Lunatic asylums United Provinces 1899-1908 - 1899-1908
Year: 1899
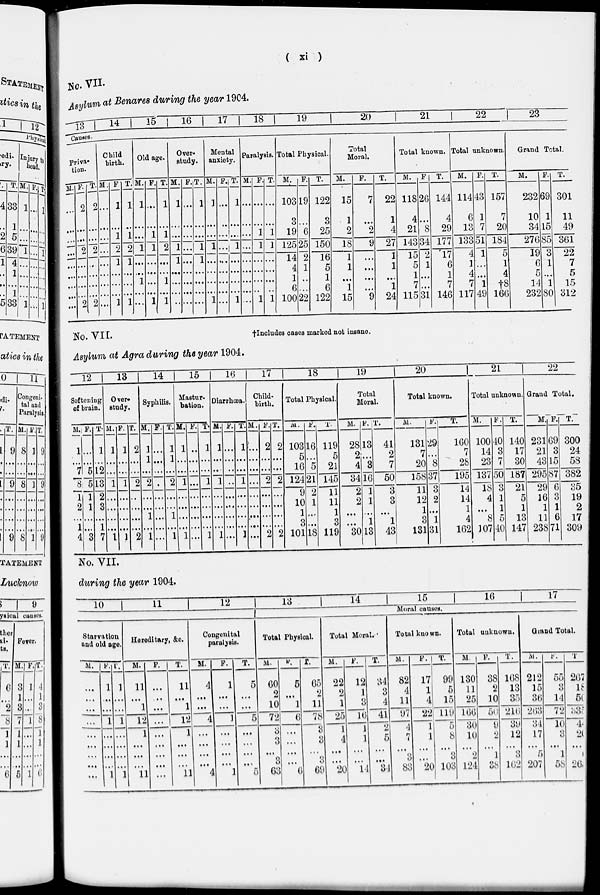
( xi )
No. VII.
Asylum at Benares during the year 1904.
13
14
15 16
17
18
19
20
21
22
23
Causes.
Priva¬
tion.
M.
...
...
...
...
...
...
...
...
...
F.
2
...
...
2
...
...
...
...
2
T.
2
...
...
2
...
...
...
...
2
Child
birth.
M.
...
...
...
...
...
...
...
...
...
F
1
...
1
2
1
...
...
...
1
T.
1
...
1
2
1
...
...
...
1
Old age.
M.
1
...
...
1
...
...
1
...
...
F.
...
...
1
1
...
...
...
...
1
T.
1
...
1
2
...
...
1
...
1
Over¬
study.
M.
1
...
...
1
1
...
...
...
...
F.
...
...
...
...
...
...
...
...
1
T.
1
...
...
1
1
...
...
...
...
Mental
anxiety.
M.
1
...
...
1
...
...
...
...
1
F.
...
...
...
...
...
...
...
...
...
T.
1
...
...
1
...
...
...
...
1
Paralysis.
M.
...
...
...
...
...
...
...
...
...
F.
...
...
1
1
...
...
...
...
1
T.
...
...
1
1
...
...
...
...
1
Total Physical.
M.
103
3
19
125
14
4
1
6
100
F.
19
...
6
25
2
1
...
...
22
T.
122
3
25
150
16
5
1
6
122
Total
Moral.
M.
15
1
2
18
1
1
...
1
15
F.
7
...
2
9
...
...
...
...
9
T.
22
1
4
27
1
1
...
1
24
Total known.
M.
118
4
21
143
15
5
1
7
115
F.
26
...
8
34
2
1
...
...
31
T.
144
4
29
177
17
6
1
7
146
Total unknown.
M.
114
6
13
133
4
1
4
7
117
F.
43
1
7
51
1
...
...
1
49
T.
157
7
20
184
5
1
4
†8
166
Grand Total.
M.
232
10
34
276
19
6
5
14
232
F.
69
1
15
85
3
1
...
1
80
T.
301
11
49
361
22
7
5
15
312
†Includes cases marked not insane.
No. VII.
Asylum at Agra during the year 1904.
12
Softening
of brain.
M.
1
...
7
8
1
2
...
1
4
F.
...
...
5
5
1
1
...
...
3
T.
1
...
12
13
2
3
...
1
7
13
Over¬
study.
M.
1
...
...
1
...
...
...
...
1
F.
1
...
...
1
...
...
...
...
1
T.
2
...
...
2
...
...
...
...
2
14
Syphilis.
M.
1
1
...
2
...
...
1
...
1
F.
...
...
...
...
...
...
...
...
...
T.
1
1
...
2
...
...
1
...
1
15
Mastur-
bation.
M.
1
...
...
1
...
...
...
...
1
F.
..
...
...
...
...
...
...
...
...
T.
1
...
...
l
...
...
...
...
l
16
Diarrhœa.
M.
1
...
...
1
...
...
...
...
1
F.
...
...
...
..
...
...
...
...
...
T.
1
...
...
1
...
...
...
...
1
17
Child-
birth.
M.
...
...
...
...
...
...
...
...
...
F.
2
...
...
2
...
...
...
...
2
T.
2
...
...
2
...
...
...
...
2
18
Total Physical.
M.
103
5
16
124
9
10
1
3
101
F.
16
...
5
21
2
1
...
...
18
T.
119
5
21
145
11
11
1
3
119
19
Total
Moral.
M.
28
2
4
34
2
2
...
...
30
F.
13
...
3
16
1
1
...
1
13
T.
41
2
7
50
3
3
...
1
43
20
Total known.
M.
131
7
20
158
11
12
1
3
131
F.
29
...
8
37
3
2
...
1
31
T.
160
7
28
195
14
14
1
4
162
21
Total unknown.
M.
100
14
23
137
18
4
...
8
107
F.
40
3
7
50
3
1
1
5
40
T.
140
17
30
187
21
5
1
13
147
22
Grand Total.
M.
231
21
43
295
29
16
1
11
238
F.
69
3
15
87
6
3
1
6
71
T.
300
24
58
382
35
19
2
17
309
No. VII.
during the year 1904.
10
Starvation
and old age.
M.
...
...
...
...
...
...
...
...
...
F.
1
...
...
1
...
...
...
...
1
T.
1
...
...
1
...
...
...
...
1
11
Hereditary, &c.
M.
11
...
1
12
1
...
...
...
11
F.
...
...
...
...
...
...
...
...
...
T.
11
...
1
12
1
...
...
...
11
12
Congenital
paralysis.
M.
4
...
...
4
...
...
...
...
4
F.
1
...
...
1
...
...
...
...
1
T.
5
...
...
5
...
...
...
...
5
13
14
15
16
17
Moral causes.
Total Physical.
M.
60
2
10
72
3
3
...
3
63
F.
5
...
1
6
...
...
...
...
6
T.
65
2
11
78
3
3
...
3
69
Total Moral.
M.
22
2
1
25
1
4
...
...
20
F.
12
1
3
16
1
1
...
...
14
T.
34
3
4
41
2
5
...
...
34
Total known.
M.
82
4
11
97
4
7
...
3
83
F.
17
1
4
22
1
1
...
...
20
T.
99
5
15
119
5
8
...
3
103
Total unknown.
M.
130
11
25
166
30
10
...
2
124
F.
38
2
10
50
9
2
...
1
38
T.
168
13
35
216
39
12
...
3
102
Grand Total.
M.
212
15
36
263
31
17
...
5
207
F.
55
3
14
72
10
3
...
1
58
T.
267
18
50
335
41
20
...
6
265